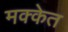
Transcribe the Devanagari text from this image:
मक्केत